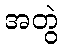
အတွဲ